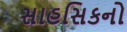
સાહસિકનો